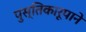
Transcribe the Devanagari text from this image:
पुस्तिकारूपाने